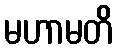
မဟာမတိ